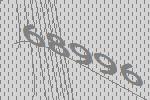
68996